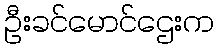
ဦးခင်မောင်ဌေးက